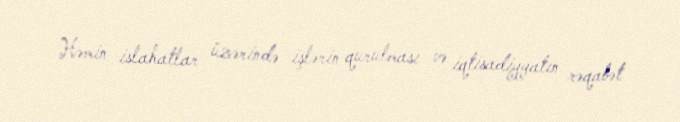
Həmin islahatlar üzərində işlərin qurulması və iqtisadiyyatın rəqabət